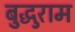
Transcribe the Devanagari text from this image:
बुद्धुराम